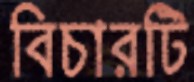
বিচারটি